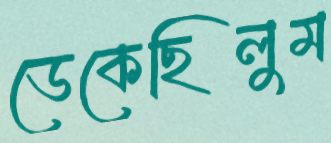
ডেকেছিলুম